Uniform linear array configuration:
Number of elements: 8
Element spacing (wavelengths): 0.5
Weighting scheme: hamming
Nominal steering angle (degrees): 0
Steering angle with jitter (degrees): -1.57
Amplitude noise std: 0.05
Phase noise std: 0.05

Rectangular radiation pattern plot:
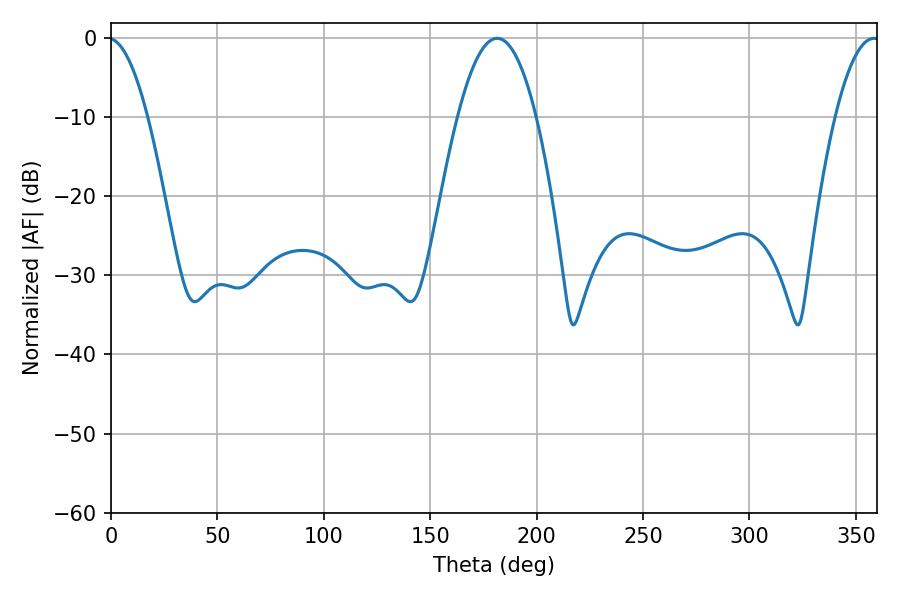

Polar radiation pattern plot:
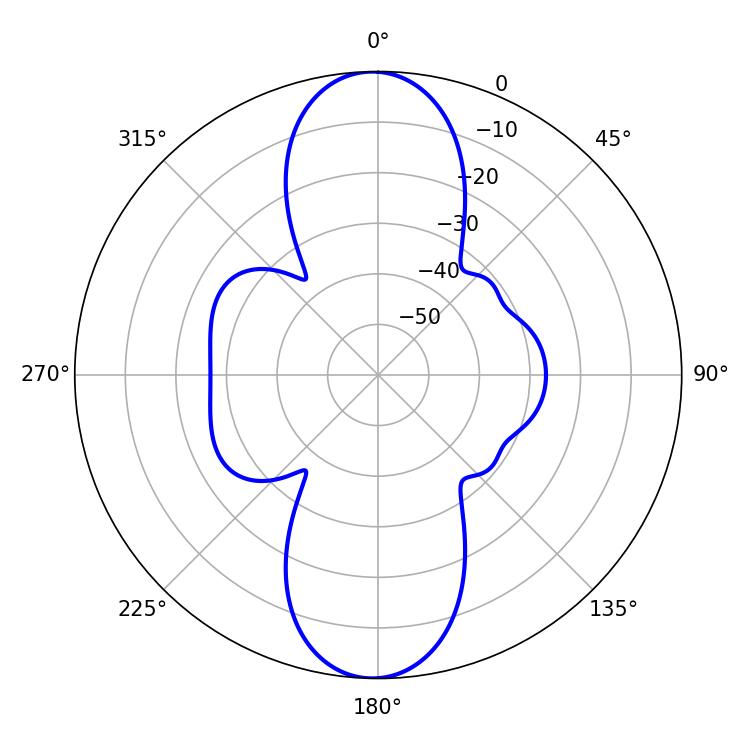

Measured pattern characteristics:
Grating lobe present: FALSE
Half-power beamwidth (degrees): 20.34
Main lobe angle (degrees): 181.44